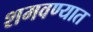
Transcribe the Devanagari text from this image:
शमवण्यात